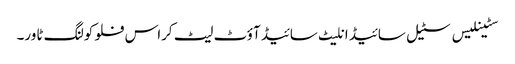
سٹینلیس سٹیل سائیڈ انلیٹ سائیڈ آؤٹ لیٹ کراس فلو کولنگ ٹاور۔